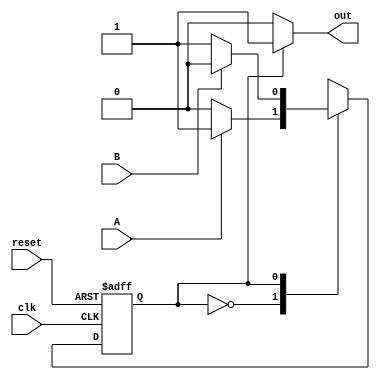
`timescale 1ns / 1ps
//////////////////////////////////////////////////////////////////////////////////
// Company: 
// Engineer: 
// 
// Design Name: 
// Module Name: QUESTION_2
// Project Name: 
// Target Devices: 
// Tool Versions: 
// Description: 
// 
// Dependencies: 
// 
// Revision:
// Revision 0.01 - File Created
// Additional Comments:
// 
//////////////////////////////////////////////////////////////////////////////////



   module FSM2(
    input clk,
    input reset,    // Asynchronous reset to OFF
    input A,
    input B,
    output out); //  

    parameter OFF=0, ON=1; 
    reg state, next_state;
    
    always @(*) begin
        // State transition logic
        case (state)
            OFF : next_state <= A?ON:OFF;
            ON : next_state <= B? OFF:ON;
        endcase
    end

    always @(posedge clk, posedge reset) begin
        // State flip-flops with asynchronous reset
        if (reset)
            state <= OFF;
        else 
            state <= next_state;
    end

    // Output logic
    assign out = (state == OFF)? 0:1;

endmodule